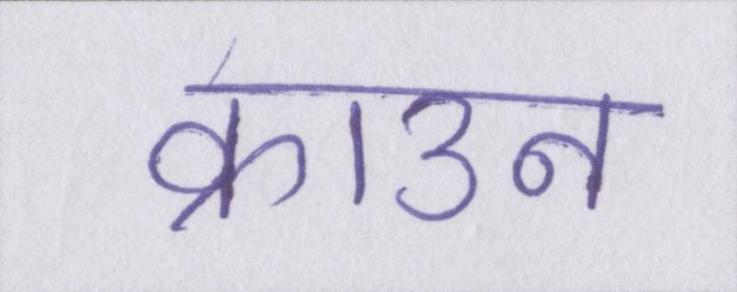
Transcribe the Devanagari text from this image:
क्राउन